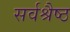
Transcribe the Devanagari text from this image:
सर्वश्रैष्ठ